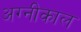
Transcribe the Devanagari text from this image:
अग्नीकाल